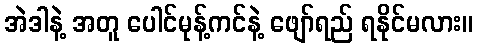
အဲဒါနဲ့ အတူ ပေါင်မုန့်ကင်နဲ့ ဖျော်ရည် ရနိုင်မလား။